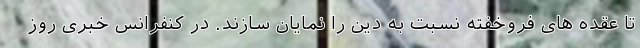
تا عقده های فروخفته نسبت به دین را نمایان سازند. در کنفرانس خبری روز